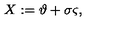
X : = \mathrm { \boldmath \vartheta } + \sigma \mathrm { \boldmath \varsigma } ,